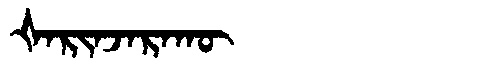
Manchu: ᡧᠠᡵᡳᠨᠵᠠᡵᠠᡴᡡ
Romanization: ŠARINJARAKŪ